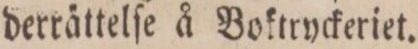
derrättelſe å Boktryckeriet.